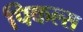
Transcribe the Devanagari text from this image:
पिकल्स